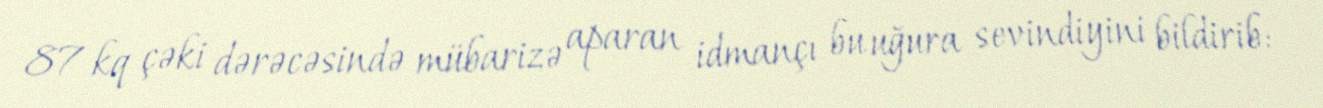
87 kq çəki dərəcəsində mübarizə aparan idmançı bu uğura sevindiyini bildirib: